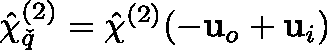
\hat { \mathbf { \chi } } _ { \v q } ^ { ( 2 ) } = \hat { \chi } ^ { ( 2 ) } ( - \mathbf { u } _ { o } + \mathbf { u } _ { i } )